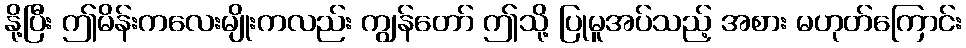
နို့ပြီး ဤမိန်းကလေးမျိုးကလည်း ကျွန်တော် ဤသို့ ပြုမူအပ်သည့် အစား မဟုတ်ကြောင်း